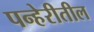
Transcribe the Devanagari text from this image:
पन्हेरीतील